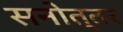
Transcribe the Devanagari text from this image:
सनोत्तर